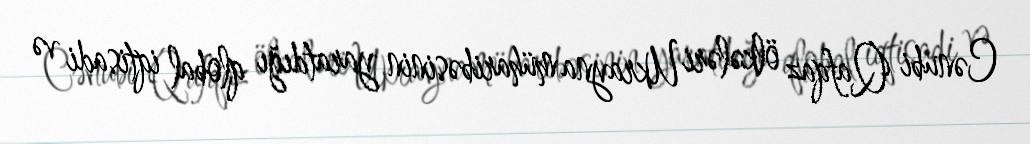
Cənubi Qafqaz ölkələri Ukrayna müharibəsinin yaratdığı qlobal iqtisadi və